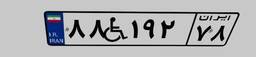
۷۱W۱۴۷۶۶